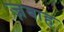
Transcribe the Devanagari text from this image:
ज़बाह